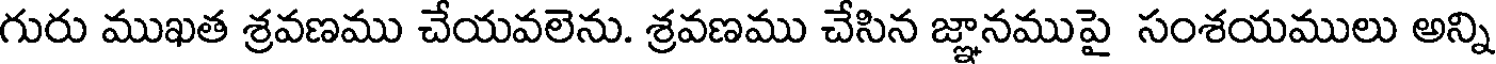
గురు ముఖత శ్రవణము చేయవలెను. శ్రవణము చేసిన జ్ఞానముపై సంశయములు అన్ని